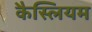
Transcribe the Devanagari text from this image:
कैस्लियम